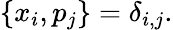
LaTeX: \{ x_{i},p_{j}\} =\delta_{i,j}.